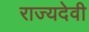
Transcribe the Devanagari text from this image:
राज्यदेवी